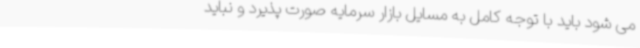
می شود باید با توجه کامل به مسایل بازار سرمایه صورت پذیرد و نباید